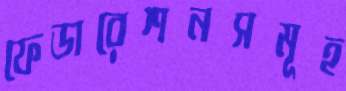
ফেডারেশনসমূহ